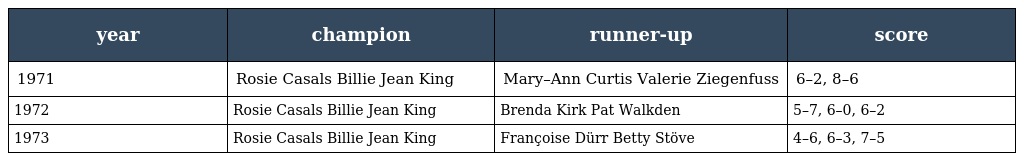
| year | champion | runner-up | score |
 | --- | --- | --- | --- |
 | 1971 | Rosie Casals Billie Jean King | Mary–Ann Curtis Valerie Ziegenfuss | 6–2, 8–6 |
 | 1972 | Rosie Casals Billie Jean King | Brenda Kirk Pat Walkden | 5–7, 6–0, 6–2 |
 | 1973 | Rosie Casals Billie Jean King | Françoise Dürr Betty Stöve | 4–6, 6–3, 7–5 |